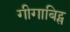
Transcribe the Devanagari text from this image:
गीगाबिट्स